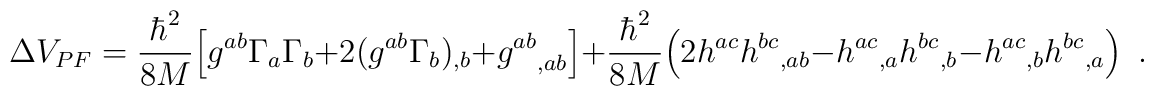
\Delta V_{PF}={\hbar^2\over8M}  \Big[g^{ab}\Gamma_a\Gamma_b+2(g^{ab}\Gamma_b)_{,b}   +{g^{ab}}_{,ab}\Big]  +{\hbar^2\over8M}  \Big(2h^{ac}{h^{bc}}_{,ab}-{h^{ac}}_{,a}{h^{bc}}_{,b}                -{h^{ac}}_{,b}{h^{bc}}_{,a}\Big)\enspace.